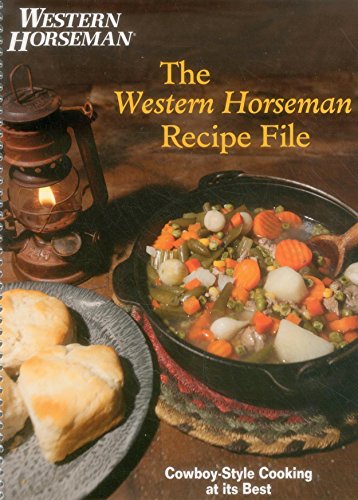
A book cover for Western Horseman Recipe File: Cowboy-Style Cooking At Its Best; The Editors of Western Horseman; Cookbooks, Food & Wine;